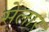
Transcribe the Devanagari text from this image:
सेलार